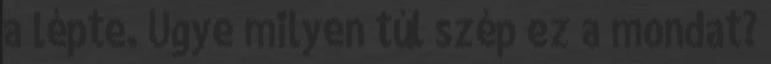
a lépte. Ugye milyen túl szép ez a mondat?